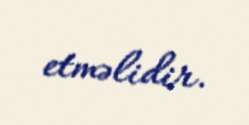
etməlidir.